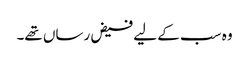
وہ سب کے لیے فیض رساں تھے۔